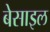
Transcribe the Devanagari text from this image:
बेसाइल